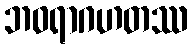
ဘဝရာဂဟတဿ